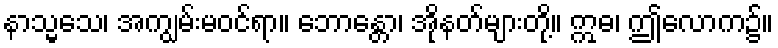
နာသ္မသေ၊ အကျွမ်းမဝင်ရာ။ ဘောန္တော၊ အိုနတ်များတို့။ ဣဓ၊ ဤလောက၌။